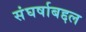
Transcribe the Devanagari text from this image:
संघर्षाबद्दल